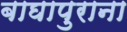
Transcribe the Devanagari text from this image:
बाघापुराना